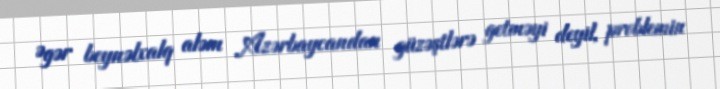
Əgər beynəlxalq aləm Azərbaycandan güzəştlərə getməyi deyil, problemin